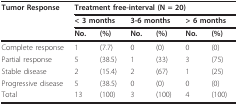
<table><thead><tr><td><b>Tumor Response</b></td><td colspan="6"><b>Treatment free-interval (N = 20)</b></td></tr><tr><td></td><td colspan="2"><b>&lt; 3 months</b></td><td colspan="2"><b>3-6 months</b></td><td colspan="2"><b>&gt; 6 months</b></td></tr><tr><td></td><td><b>No.</b></td><td><b>(%)</b></td><td><b>No.</b></td><td><b>(%)</b></td><td><b>No.</b></td><td><b>(%)</b></td></tr></thead><tbody><tr><td>Complete response</td><td>1</td><td>(7.7)</td><td>0</td><td>(0)</td><td>0</td><td>(0)</td></tr><tr><td>Partial response</td><td>5</td><td>(38.5)</td><td>1</td><td>(33)</td><td>3</td><td>(75)</td></tr><tr><td>Stable disease</td><td>2</td><td>(15.4)</td><td>2</td><td>(67)</td><td>1</td><td>(25)</td></tr><tr><td>Progressive disease</td><td>5</td><td>(38.5)</td><td>0</td><td>(0)</td><td>0</td><td>(0)</td></tr><tr><td>Total</td><td>13</td><td>(100)</td><td>3</td><td>(100)</td><td>4</td><td>(100)</td></tr></tbody></table>